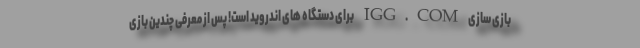
بازی سازی IGG.COM برای دستگاه های اندروید است! پس از معرفی چندین بازی